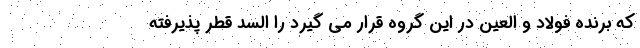
که برنده فولاد و العین در این گروه قرار می گیرد را السد قطر پذیرفته